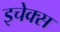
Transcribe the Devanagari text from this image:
इचेक्स